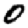
Digit: 0